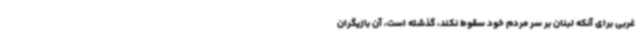
غربی برای آنکه لبنان بر سر مردم خود سقوط نکند، گذشته است، آن بازیگران